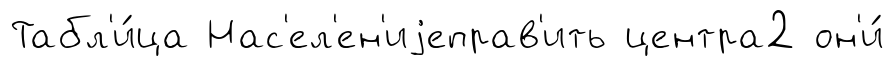
Табл'и́ца Нас'ел'ен'иjеправ'ить центра2 он'и́